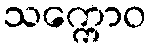
သက္ကောဝ